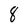
Character: 8